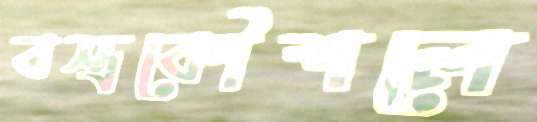
বস্ত্রকৌশলে